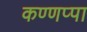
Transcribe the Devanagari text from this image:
कण्णप्पा